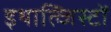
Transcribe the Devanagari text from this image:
इथाल्जिस्टों